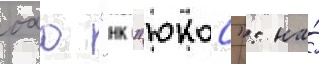
оао "нк "юкос": на́